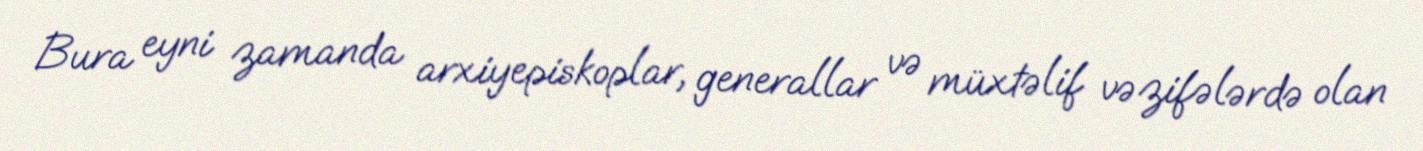
Bura eyni zamanda arxiyepiskoplar, generallar və müxtəlif vəzifələrdə olan